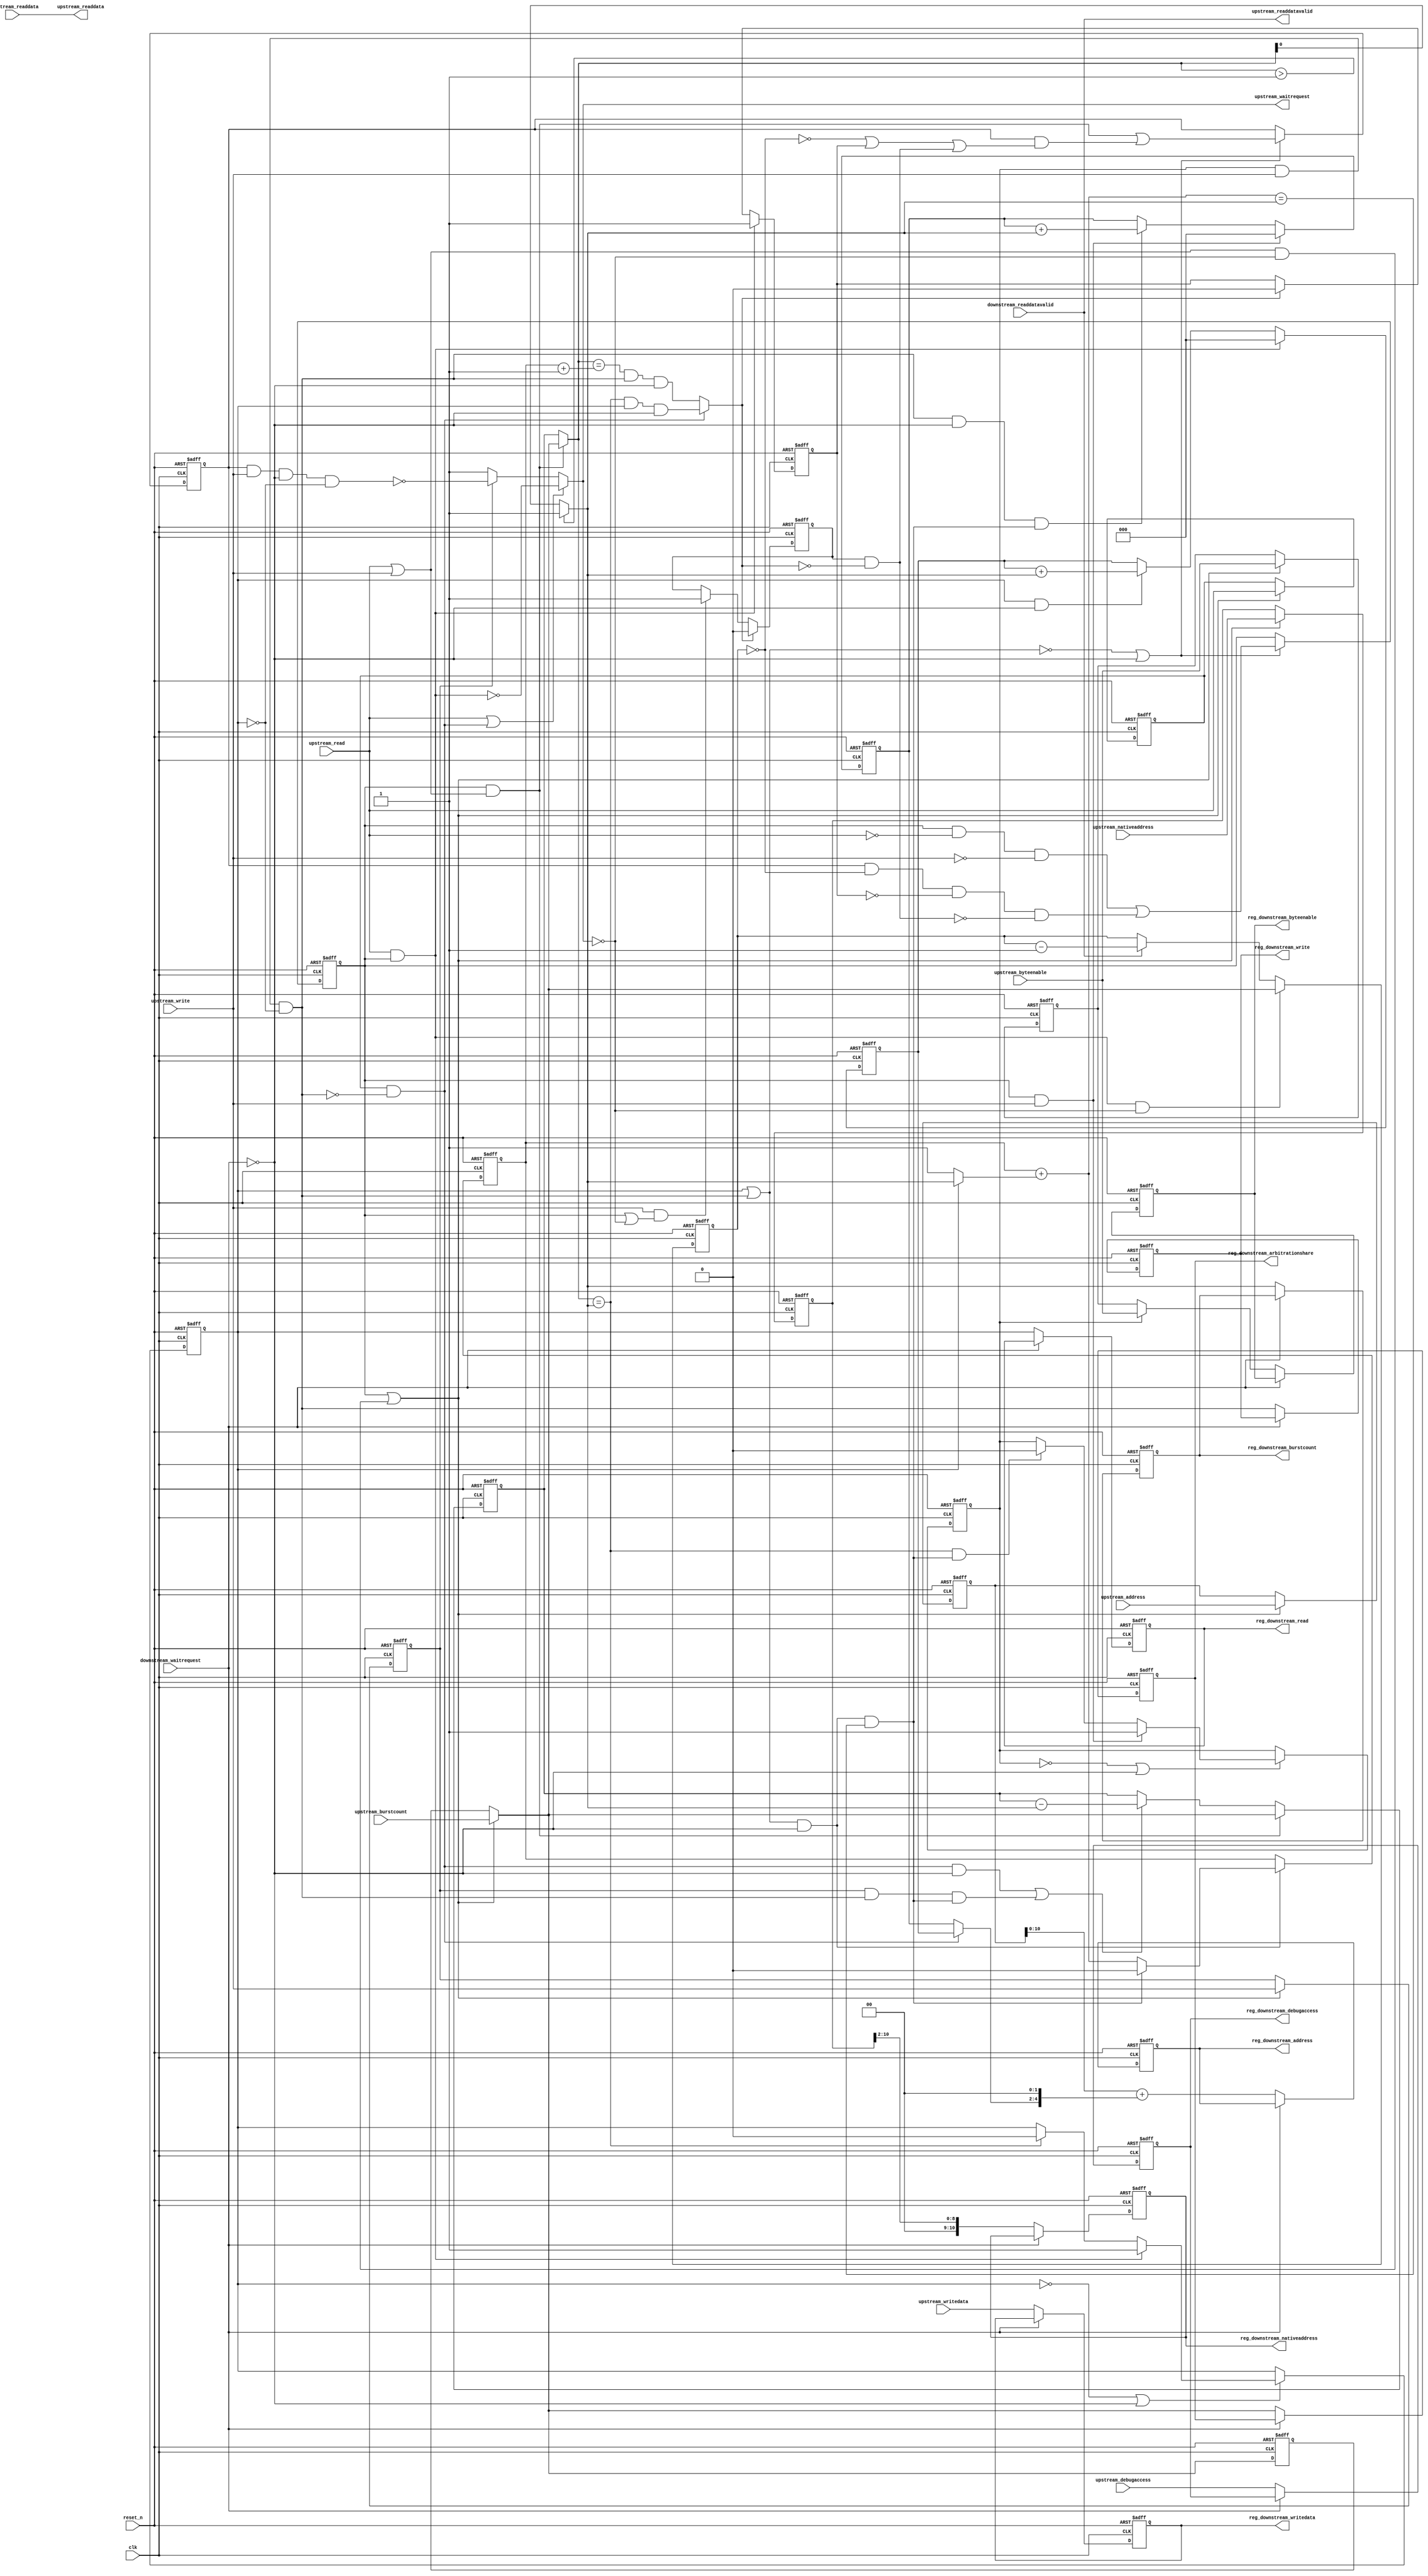
//Legal Notice: (C)2014 Altera Corporation. All rights reserved.  Your
//use of Altera Corporation's design tools, logic functions and other
//software and tools, and its AMPP partner logic functions, and any
//output files any of the foregoing (including device programming or
//simulation files), and any associated documentation or information are
//expressly subject to the terms and conditions of the Altera Program
//License Subscription Agreement or other applicable license agreement,
//including, without limitation, that your use is for the sole purpose
//of programming logic devices manufactured by Altera and sold by Altera
//or its authorized distributors.  Please refer to the applicable
//agreement for further details.

// synthesis translate_off
`timescale 1ns / 1ps
// synthesis translate_on

// turn off superfluous verilog processor warnings 
// altera message_level Level1 
// altera message_off 10034 10035 10036 10037 10230 10240 10030 

//
//Burst adapter parameters:
//adapter is mastered by: cpu_linux/data_master
//adapter masters: epcs_controller/epcs_control_port
//asp_debug: 0
//byteaddr_width: 13
//ceil_data_width: 32
//data_width: 32
//dbs_shift: 0
//dbs_upstream_burstcount_width: 4
//downstream_addr_shift: 2
//downstream_burstcount_width: 1
//downstream_max_burstcount: 1
//downstream_pipeline: 1
//dynamic_slave: 1
//master_always_burst_max_burst: 0
//master_burst_on_burst_boundaries_only: 1
//master_data_width: 32
//master_interleave: 0
//master_linewrap_bursts: 0
//nativeaddr_width: 11
//slave_always_burst_max_burst: 0
//slave_burst_on_burst_boundaries_only: 0
//slave_interleave: 0
//slave_linewrap_bursts: 0
//upstream_burstcount: upstream_burstcount
//upstream_burstcount_width: 4
//upstream_max_burstcount: 8
//zero_address_width: 0


module Medipix_sopc_burst_7 (
                              // inputs:
                               clk,
                               downstream_readdata,
                               downstream_readdatavalid,
                               downstream_waitrequest,
                               reset_n,
                               upstream_address,
                               upstream_burstcount,
                               upstream_byteenable,
                               upstream_debugaccess,
                               upstream_nativeaddress,
                               upstream_read,
                               upstream_write,
                               upstream_writedata,

                              // outputs:
                               reg_downstream_address,
                               reg_downstream_arbitrationshare,
                               reg_downstream_burstcount,
                               reg_downstream_byteenable,
                               reg_downstream_debugaccess,
                               reg_downstream_nativeaddress,
                               reg_downstream_read,
                               reg_downstream_write,
                               reg_downstream_writedata,
                               upstream_readdata,
                               upstream_readdatavalid,
                               upstream_waitrequest
                            )
;

  output  [ 10: 0] reg_downstream_address;
  output  [  3: 0] reg_downstream_arbitrationshare;
  output           reg_downstream_burstcount;
  output  [  3: 0] reg_downstream_byteenable;
  output           reg_downstream_debugaccess;
  output  [ 10: 0] reg_downstream_nativeaddress;
  output           reg_downstream_read;
  output           reg_downstream_write;
  output  [ 31: 0] reg_downstream_writedata;
  output  [ 31: 0] upstream_readdata;
  output           upstream_readdatavalid;
  output           upstream_waitrequest;
  input            clk;
  input   [ 31: 0] downstream_readdata;
  input            downstream_readdatavalid;
  input            downstream_waitrequest;
  input            reset_n;
  input   [ 12: 0] upstream_address;
  input   [  3: 0] upstream_burstcount;
  input   [  3: 0] upstream_byteenable;
  input            upstream_debugaccess;
  input   [ 10: 0] upstream_nativeaddress;
  input            upstream_read;
  input            upstream_write;
  input   [ 31: 0] upstream_writedata;

  wire    [  2: 0] address_offset;
  reg              atomic_counter;
  wire    [ 12: 0] current_upstream_address;
  wire    [  3: 0] current_upstream_burstcount;
  wire             current_upstream_read;
  wire             current_upstream_write;
  reg     [  3: 0] data_counter;
  wire    [  3: 0] dbs_adjusted_upstream_burstcount;
  wire    [ 10: 0] downstream_address;
  wire    [ 12: 0] downstream_address_base;
  wire    [  3: 0] downstream_arbitrationshare;
  wire             downstream_burstcount;
  wire             downstream_burstdone;
  wire    [  3: 0] downstream_byteenable;
  wire             downstream_debugaccess;
  wire    [ 10: 0] downstream_nativeaddress;
  reg              downstream_read;
  wire             downstream_write;
  reg              downstream_write_reg;
  wire    [ 31: 0] downstream_writedata;
  wire             enable_state_change;
  wire             fifo_empty;
  wire             max_burst_size;
  wire             p1_atomic_counter;
  wire             p1_fifo_empty;
  wire             p1_state_busy;
  wire             p1_state_idle;
  wire             pending_register_enable;
  wire             pending_upstream_read;
  reg              pending_upstream_read_reg;
  wire             pending_upstream_write;
  reg              pending_upstream_write_reg;
  reg     [  2: 0] read_address_offset;
  wire             read_update_count;
  wire    [  3: 0] read_write_dbs_adjusted_upstream_burstcount;
  reg     [ 10: 0] reg_downstream_address;
  reg     [  3: 0] reg_downstream_arbitrationshare;
  reg              reg_downstream_burstcount;
  reg     [  3: 0] reg_downstream_byteenable;
  reg              reg_downstream_debugaccess;
  reg     [ 10: 0] reg_downstream_nativeaddress;
  reg              reg_downstream_read;
  reg              reg_downstream_write;
  reg     [ 31: 0] reg_downstream_writedata;
  reg     [  3: 0] registered_read_write_dbs_adjusted_upstream_burstcount;
  reg     [ 12: 0] registered_upstream_address;
  reg     [  3: 0] registered_upstream_burstcount;
  reg     [  3: 0] registered_upstream_byteenable;
  reg     [ 10: 0] registered_upstream_nativeaddress;
  reg              registered_upstream_read;
  reg              registered_upstream_write;
  reg              state_busy;
  reg              state_idle;
  wire             sync_nativeaddress;
  wire    [  3: 0] transactions_remaining;
  reg     [  3: 0] transactions_remaining_reg;
  wire             update_count;
  wire             upstream_burstdone;
  wire             upstream_read_run;
  wire    [ 31: 0] upstream_readdata;
  wire             upstream_readdatavalid;
  wire             upstream_waitrequest;
  wire             upstream_write_run;
  reg     [  2: 0] write_address_offset;
  wire             write_update_count;
  assign sync_nativeaddress = |upstream_nativeaddress;
  //downstream, which is an e_avalon_master
  //upstream, which is an e_avalon_slave
  assign upstream_burstdone = current_upstream_read ? (transactions_remaining == downstream_burstcount) & downstream_read & ~downstream_waitrequest : (transactions_remaining == (atomic_counter + 1)) & downstream_write & ~downstream_waitrequest;
  assign p1_atomic_counter = atomic_counter + (downstream_read ? downstream_burstcount : 1);
  assign downstream_burstdone = (downstream_read | downstream_write) & ~downstream_waitrequest & (p1_atomic_counter == downstream_burstcount);
  assign dbs_adjusted_upstream_burstcount = pending_register_enable ? read_write_dbs_adjusted_upstream_burstcount : registered_read_write_dbs_adjusted_upstream_burstcount;
  assign read_write_dbs_adjusted_upstream_burstcount = upstream_burstcount;
  always @(posedge clk or negedge reset_n)
    begin
      if (reset_n == 0)
          registered_read_write_dbs_adjusted_upstream_burstcount <= 0;
      else if (pending_register_enable)
          registered_read_write_dbs_adjusted_upstream_burstcount <= read_write_dbs_adjusted_upstream_burstcount;
    end


  assign p1_state_idle = state_idle & ~upstream_read & ~upstream_write | state_busy & (data_counter == 0) & p1_fifo_empty & ~pending_upstream_read & ~pending_upstream_write;
  assign p1_state_busy = state_idle & (upstream_read | upstream_write) | state_busy & (~(data_counter == 0) | ~p1_fifo_empty | pending_upstream_read | pending_upstream_write);
  assign enable_state_change = ~(downstream_read | downstream_write) | ~downstream_waitrequest;
  always @(posedge clk or negedge reset_n)
    begin
      if (reset_n == 0)
          pending_upstream_read_reg <= 0;
      else if (upstream_read & state_idle)
          pending_upstream_read_reg <= -1;
      else if (upstream_burstdone)
          pending_upstream_read_reg <= 0;
    end


  always @(posedge clk or negedge reset_n)
    begin
      if (reset_n == 0)
          pending_upstream_write_reg <= 0;
      else if (upstream_burstdone)
          pending_upstream_write_reg <= 0;
      else if (upstream_write & (state_idle | ~upstream_waitrequest))
          pending_upstream_write_reg <= -1;
    end


  always @(posedge clk or negedge reset_n)
    begin
      if (reset_n == 0)
          state_idle <= 1;
      else if (enable_state_change)
          state_idle <= p1_state_idle;
    end


  always @(posedge clk or negedge reset_n)
    begin
      if (reset_n == 0)
          state_busy <= 0;
      else if (enable_state_change)
          state_busy <= p1_state_busy;
    end


  assign pending_upstream_read = pending_upstream_read_reg;
  assign pending_upstream_write = pending_upstream_write_reg & ~upstream_burstdone;
  assign pending_register_enable = state_idle | ((upstream_read | upstream_write) & ~upstream_waitrequest);
  always @(posedge clk or negedge reset_n)
    begin
      if (reset_n == 0)
          registered_upstream_read <= 0;
      else if (pending_register_enable)
          registered_upstream_read <= upstream_read;
    end


  always @(posedge clk or negedge reset_n)
    begin
      if (reset_n == 0)
          registered_upstream_write <= 0;
      else if (pending_register_enable)
          registered_upstream_write <= upstream_write;
    end


  always @(posedge clk or negedge reset_n)
    begin
      if (reset_n == 0)
          registered_upstream_burstcount <= 0;
      else if (pending_register_enable)
          registered_upstream_burstcount <= upstream_burstcount;
    end


  always @(posedge clk or negedge reset_n)
    begin
      if (reset_n == 0)
          registered_upstream_address <= 0;
      else if (pending_register_enable)
          registered_upstream_address <= upstream_address;
    end


  always @(posedge clk or negedge reset_n)
    begin
      if (reset_n == 0)
          registered_upstream_nativeaddress <= 0;
      else if (pending_register_enable)
          registered_upstream_nativeaddress <= upstream_nativeaddress;
    end


  assign current_upstream_read = registered_upstream_read & !downstream_write;
  assign current_upstream_write = registered_upstream_write;
  assign current_upstream_address = registered_upstream_address;
  assign current_upstream_burstcount = pending_register_enable ? upstream_burstcount : registered_upstream_burstcount;
  always @(posedge clk or negedge reset_n)
    begin
      if (reset_n == 0)
          atomic_counter <= 0;
      else if ((downstream_read | downstream_write) & ~downstream_waitrequest)
          atomic_counter <= downstream_burstdone ? 0 : p1_atomic_counter;
    end


  assign read_update_count = current_upstream_read & ~downstream_waitrequest;
  assign write_update_count = current_upstream_write & downstream_write & downstream_burstdone;
  assign update_count = read_update_count | write_update_count;
  assign transactions_remaining = (state_idle & (upstream_read | upstream_write)) ? dbs_adjusted_upstream_burstcount : transactions_remaining_reg;
  always @(posedge clk or negedge reset_n)
    begin
      if (reset_n == 0)
          transactions_remaining_reg <= 0;
      else 
        transactions_remaining_reg <= (state_idle & (upstream_read | upstream_write)) ? dbs_adjusted_upstream_burstcount : update_count ? transactions_remaining_reg - downstream_burstcount : transactions_remaining_reg;
    end


  always @(posedge clk or negedge reset_n)
    begin
      if (reset_n == 0)
          data_counter <= 0;
      else 
        data_counter <= state_idle & upstream_read & ~upstream_waitrequest ?  dbs_adjusted_upstream_burstcount : downstream_readdatavalid ? data_counter - 1 : data_counter;
    end


  assign max_burst_size = 1;
  assign downstream_burstcount = (transactions_remaining > max_burst_size) ? max_burst_size : transactions_remaining;
  assign downstream_arbitrationshare = current_upstream_read ? (dbs_adjusted_upstream_burstcount) : dbs_adjusted_upstream_burstcount;
  always @(posedge clk or negedge reset_n)
    begin
      if (reset_n == 0)
          write_address_offset <= 0;
      else 
        write_address_offset <= state_idle & upstream_write ? 0 : ((downstream_write & ~downstream_waitrequest & downstream_burstdone)) ? write_address_offset + downstream_burstcount : write_address_offset;
    end


  always @(posedge clk or negedge reset_n)
    begin
      if (reset_n == 0)
          read_address_offset <= 0;
      else 
        read_address_offset <= state_idle & upstream_read ? 0 : (downstream_read & ~downstream_waitrequest) ? read_address_offset + downstream_burstcount : read_address_offset;
    end


  assign downstream_nativeaddress = registered_upstream_nativeaddress >> 2;
  assign address_offset = current_upstream_read ? read_address_offset : write_address_offset;
  assign downstream_address_base = current_upstream_address;
  assign downstream_address = downstream_address_base + {address_offset, 2'b00};
  always @(posedge clk or negedge reset_n)
    begin
      if (reset_n == 0)
          downstream_read <= 0;
      else if (~downstream_read | ~downstream_waitrequest)
          downstream_read <= state_idle & upstream_read ? 1 : (transactions_remaining == downstream_burstcount) ? 0 : downstream_read;
    end


  assign upstream_readdatavalid = downstream_readdatavalid;
  assign upstream_readdata = downstream_readdata;
  assign fifo_empty = 1;
  assign p1_fifo_empty = 1;
  always @(posedge clk or negedge reset_n)
    begin
      if (reset_n == 0)
          downstream_write_reg <= 0;
      else if (~downstream_write_reg | ~downstream_waitrequest)
          downstream_write_reg <= state_idle & upstream_write ? 1 : ((transactions_remaining == downstream_burstcount) & downstream_burstdone) ? 0 : downstream_write_reg;
    end


  always @(posedge clk or negedge reset_n)
    begin
      if (reset_n == 0)
          registered_upstream_byteenable <= 4'b1111;
      else if (pending_register_enable)
          registered_upstream_byteenable <= upstream_byteenable;
    end


  assign downstream_write = downstream_write_reg & upstream_write & !downstream_read;
  assign downstream_byteenable = downstream_write_reg ? upstream_byteenable : registered_upstream_byteenable;
  assign downstream_writedata = upstream_writedata;
  assign upstream_read_run = state_idle & upstream_read;
  assign upstream_write_run = state_busy & upstream_write & ~downstream_waitrequest & !downstream_read;
  assign upstream_waitrequest = (upstream_read | current_upstream_read) ? ~upstream_read_run : current_upstream_write ? ~upstream_write_run : 1;
  assign downstream_debugaccess = upstream_debugaccess;
  always @(posedge clk or negedge reset_n)
    begin
      if (reset_n == 0)
          reg_downstream_address <= 0;
      else if (~downstream_waitrequest)
          reg_downstream_address <= downstream_address;
    end


  always @(posedge clk or negedge reset_n)
    begin
      if (reset_n == 0)
          reg_downstream_arbitrationshare <= 0;
      else if (~downstream_waitrequest)
          reg_downstream_arbitrationshare <= downstream_arbitrationshare;
    end


  always @(posedge clk or negedge reset_n)
    begin
      if (reset_n == 0)
          reg_downstream_burstcount <= 0;
      else if (~downstream_waitrequest)
          reg_downstream_burstcount <= downstream_burstcount;
    end


  always @(posedge clk or negedge reset_n)
    begin
      if (reset_n == 0)
          reg_downstream_byteenable <= 0;
      else if (~downstream_waitrequest)
          reg_downstream_byteenable <= downstream_byteenable;
    end


  always @(posedge clk or negedge reset_n)
    begin
      if (reset_n == 0)
          reg_downstream_debugaccess <= 0;
      else if (~downstream_waitrequest)
          reg_downstream_debugaccess <= downstream_debugaccess;
    end


  always @(posedge clk or negedge reset_n)
    begin
      if (reset_n == 0)
          reg_downstream_nativeaddress <= 0;
      else if (~downstream_waitrequest)
          reg_downstream_nativeaddress <= downstream_nativeaddress;
    end


  always @(posedge clk or negedge reset_n)
    begin
      if (reset_n == 0)
          reg_downstream_read <= 0;
      else if (~downstream_waitrequest)
          reg_downstream_read <= downstream_read;
    end


  always @(posedge clk or negedge reset_n)
    begin
      if (reset_n == 0)
          reg_downstream_write <= 0;
      else if (~downstream_waitrequest)
          reg_downstream_write <= downstream_write;
    end


  always @(posedge clk or negedge reset_n)
    begin
      if (reset_n == 0)
          reg_downstream_writedata <= 0;
      else if (~downstream_waitrequest)
          reg_downstream_writedata <= downstream_writedata;
    end



endmodule